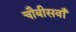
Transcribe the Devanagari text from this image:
चौबीसवाँ